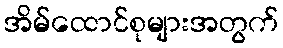
အိမ်ထောင်စုများအတွက်